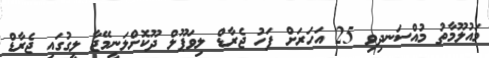
މައުލޫމާތު މުއްސަނދިވި 25 އަހަރަށް ފަހު ޖެރާޑް ލިވަޕޫލް ދޫކޮށްލަނީމޭޖާ ލީގުގައި ޖެރާޑް